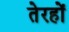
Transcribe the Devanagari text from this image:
तेरहों